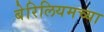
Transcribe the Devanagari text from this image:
बेरिलियमच्या